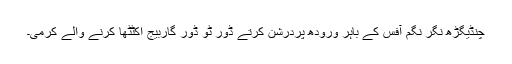
چنڈیگڑھ نگر نگم آفس کے باہر ورودھ پردرشن کرتے ڈور ٹو ڈور گاربیج اکٹٹھا کرنے والے کرمی۔